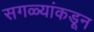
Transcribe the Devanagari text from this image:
सगळ्यांकडून